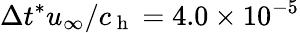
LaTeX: \Delta t^{*}u_{\infty}/c_{\mathrm{~h~}}=4.0\times 10^{-5}